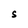
Character: S